Civil Veterinary Department ledger series I-VI
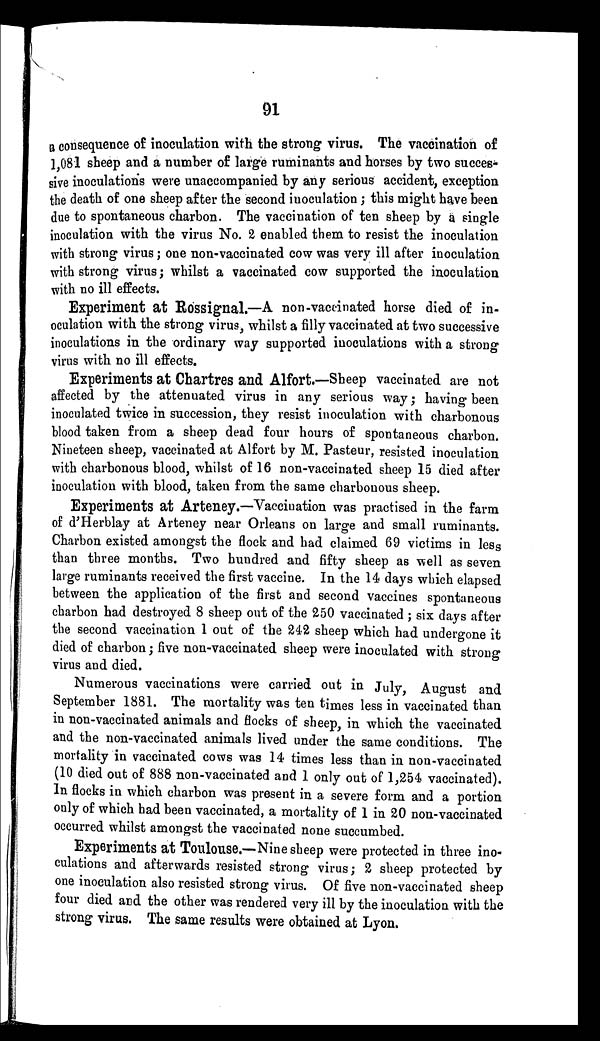
91
a consequence of inoculation with the strong virus. The vaccination of
1,081 sheep and a number of large ruminants and horses by two success-
sive inoculations were unaccompanied by any serious accident, exception
the death of one sheep after the second inoculation; this might have been
due to spontaneous charbon. The vaccination of ten sheep by a single
inoculation with the virus No. 2 enabled them to resist the inoculation
with strong virus; one non-vaccinated cow was very ill after inoculation
with strong virus; whilst a vaccinated cow supported the inoculation
with no ill effects.
Experiment at Rossignal.—A non-vaccinated horse died of in-
oculation with the strong virus, whilst a filly vaccinated at two successive
inoculations in the ordinary way supported inoculations with a strong
virus with no ill effects.
Experiments at Chartres and Alfort.—Sheep vaccinated are not
affected by the attenuated virus in any serious way; having been
inoculated twice in succession, they resist inoculation with charbonous
blood taken from a sheep dead four hours of spontaneous charbon.
Nineteen sheep, vaccinated at Alfort by M. Pasteur, resisted inoculation
with charbonous blood, whilst of 16 non-vaccinated sheep 15 died after
inoculation with blood, taken from the same charbonous sheep.
Experiments at Arteney.—Vaccination was practised in the farm
of d'Herblay at Arteney near Orleans on large and small ruminants.
Charbon existed amongst the flock and had claimed 69 victims in less
than three months. Two hundred and fifty sheep as well as seven
large ruminants received the first vaccine. In the 14 days which elapsed
between the application of the first and second vaccines spontaneous
charbon had destroyed 8 sheep out of the 250 vaccinated; six days after
the second vaccination 1 out of the 242 sheep which had undergone it
died of charbon; five non-vaccinated sheep were inoculated with strong
virus and died.
Numerous vaccinations were carried out in July, August and
September 1881. The mortality was ten times less in vaccinated than
in non-vaccinated animals and flocks of sheep, in which the vaccinated
and the non-vaccinated animals lived under the same conditions. The
mortality in vaccinated cows was 14 times less than in non-vaccinated
(10 died out of 888 non-vaccinated and 1 only out of 1,254 vaccinated).
In flocks in which charbon was present in a severe form and a portion
only of which had been vaccinated, a mortality of 1 in 20 non-vaccinated
occurred whilst amongst the vaccinated none succumbed.
Experiments at Toulouse.—Nine sheep were protected in three ino-
culations and afterwards resisted strong virus; 2 sheep protected by
one inoculation also resisted strong virus. Of five non-vaccinated sheep
four died and the other was rendered very ill by the inoculation with the
strong virus. The same results were obtained at Lyon.